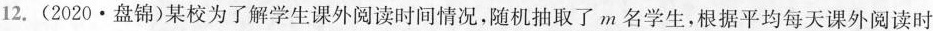
12. (2020 · 盘锦)某校为了解学生课外阅读时间情况，随机抽取了m名学生，根据平均每天课外阅读时